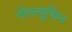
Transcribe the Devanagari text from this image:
नोरल्युसिन